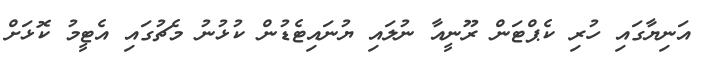
އަނިޔާގައި ހުރި ކެޕްޓަން ރޫނީއާ ނުލައި ޔުނައިޓެޑުން ކުޅުނު މެޗުގައި އެޓީމު ކޮޅަށް